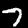
Label: 7